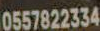
0557822334